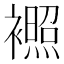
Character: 𬡰